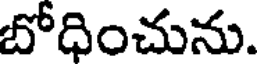
బోధించును.